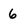
Character: 6